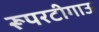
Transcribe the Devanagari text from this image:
रूपरटीगाऊ